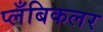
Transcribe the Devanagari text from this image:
प्लँबिकलर